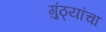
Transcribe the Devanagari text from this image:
गुंठ्यांचा